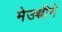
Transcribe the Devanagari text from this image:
मेउच्चीने